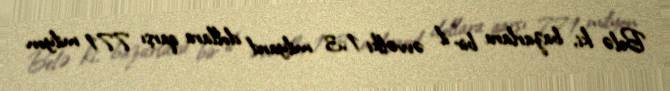
Belə ki, bazarlara bir il əvvəlki 1,3 milyard dollara qarşı 771 milyon